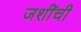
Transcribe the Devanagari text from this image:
जशींची